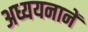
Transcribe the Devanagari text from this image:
अध्ययनानें